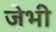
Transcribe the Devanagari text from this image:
जेभी